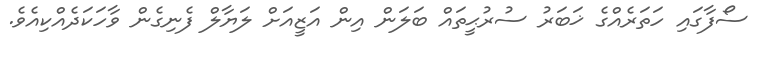
ސޯފާގައި ހަތަރެއްގެ ޚަބަރު ސުރުޙީތައް ބަލަން އިން އަޒީއަށް ލަޔާލް ފެނިގެން ވާހަކަދެއްކިއެވެ.